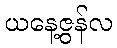
ယနေ့ဇွန်လ